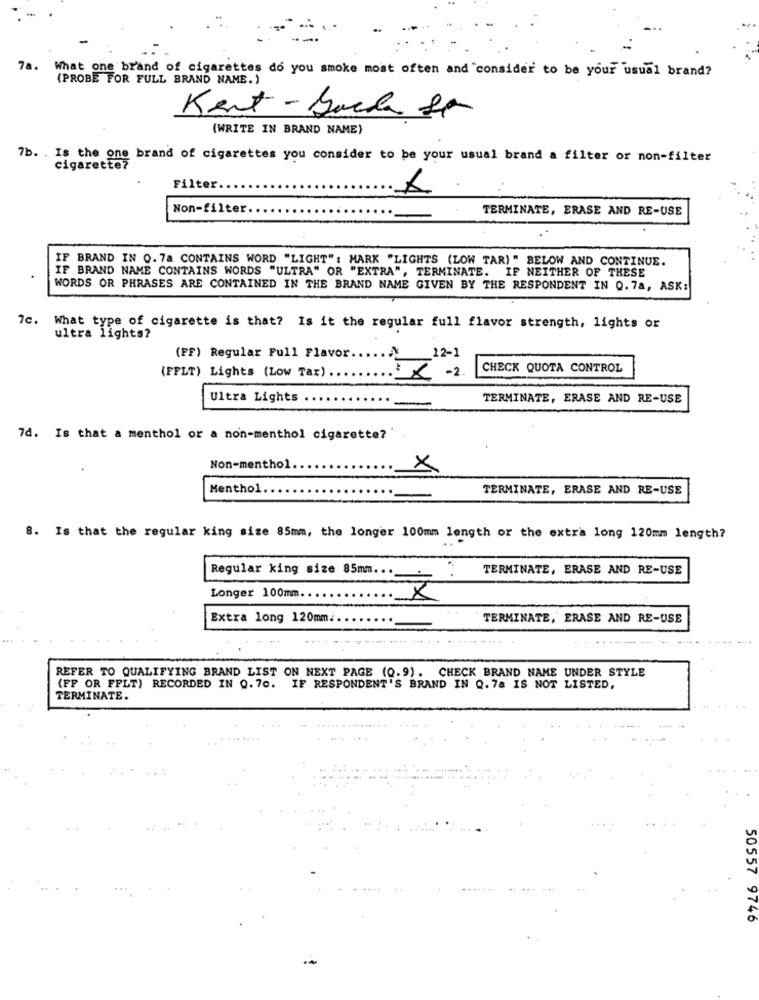
7a. What one brand of cigarettes do you smoke most often and "consider to be your usual brand?
(PROBE FOR FULL BRAND NAME.)
Kent - Back Se
(WRITE IN BRAND NAME)
7b. . Is the one brand of cigarettes you consider to be your usual brand a filter or non-filter
cigarette?
Filter
Non-filter.
TERMINATE, ERASE AND RE-USE
IF BRAND IN 0.7a CONTAINS WORD "LIGHT": MARK "LIGHTS (LOW TAR) " BELOW AND CONTINUE.
IF BRAND NAME CONTAINS WORDS "ULTRA" OR "EXTRA", TERMINATE. IF NEITHER OF THESE
WORDS OR PHRASES ARE CONTAINED IN THE BRAND NAME GIVEN BY THE RESPONDENT IN 0.7a, ASK:
What type of cigarette is that? Is it the regular full flavor strength, lights or
ultra lights?
(FF) Regular Full Flavor
12-1
(FFLT) Lights (Low Tax) .
CHECK QUOTA CONTROL
: X -2.
Ultra Lights
TERMINATE, ERASE AND RE-USE
7d. Is that a menthol or a non-menthol cigarette?'
Non-menthol
×
Menthol
TERMINATE, ERASE AND RE-USE
8. Is that the regular king size 85mm, the longer 100mm length or the extra long 120mm length?
Regular king size 85mm.
TERMINATE, ERASE AND RE-USE
Longer 100mm ..
Extra long 120mm.
TERMINATE, ERASE AND RE-USE
---------
REFER TO QUALIFYING BRAND LIST ON NEXT PAGE (Q.9). CHECK BRAND NAME UNDER STYLE
(FP OR FFLT) RECORDED IN 0.7c. IF RESPONDENT'S BRAND IN Q.78 IS NOT LISTED,
TERMINATE.
50557 9746